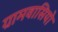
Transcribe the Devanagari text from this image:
ग्रामवासियो